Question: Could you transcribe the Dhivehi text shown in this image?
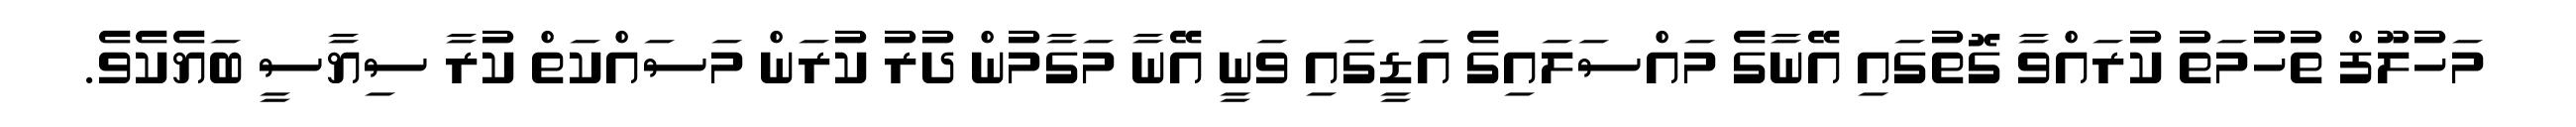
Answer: މަހުލޫފް ތުހުމަތު ކުރައްވާ ގޮތުގައި އޭނާގެ މައްސަލައިގެ އަޑީގައި ވަނީ އޭނާ މަގާމުން ދުރު ކުރަން މަސައްކަތް ކުރާ ސިޔާސީ ބަޔެކެވެ.